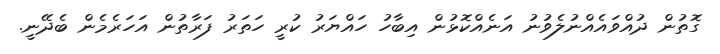
ގޮތުން ދުއްވައެއްނުލެވުނު އަނެއްކޮޅުން އިބާހު ހައްޔަރު ކުރީ ހަތަރު ފަރާތުން އަހަރެމެން ބެދޭނީ.